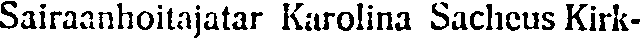
Sairaanhoitajatar Karolina Sacheus Kirk-